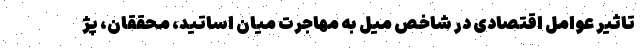
تاثیر عوامل اقتصادی در شاخص میل به مهاجرت میان اساتید، محققان، پژ